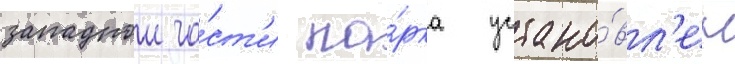
западнои ча́ст'и па́рка устано́вл'ен